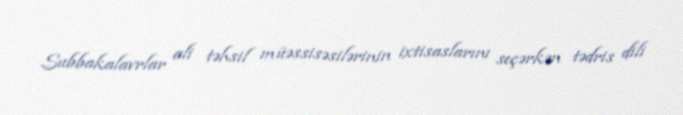
Subbakalavrlar ali təhsil müəssisəsilərinin ixtisaslarını seçərkən tədris dili